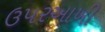
ઉપરઆખી